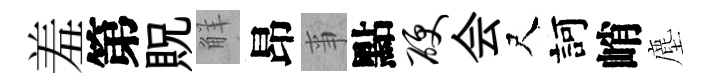
羞第貺觧昂亊點硬会尺訶峭塵